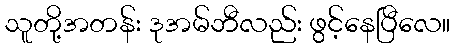
သူတို့အတန်း ဒုအမ်ဘီလည်း ဖွင့်နေပြီလေ။